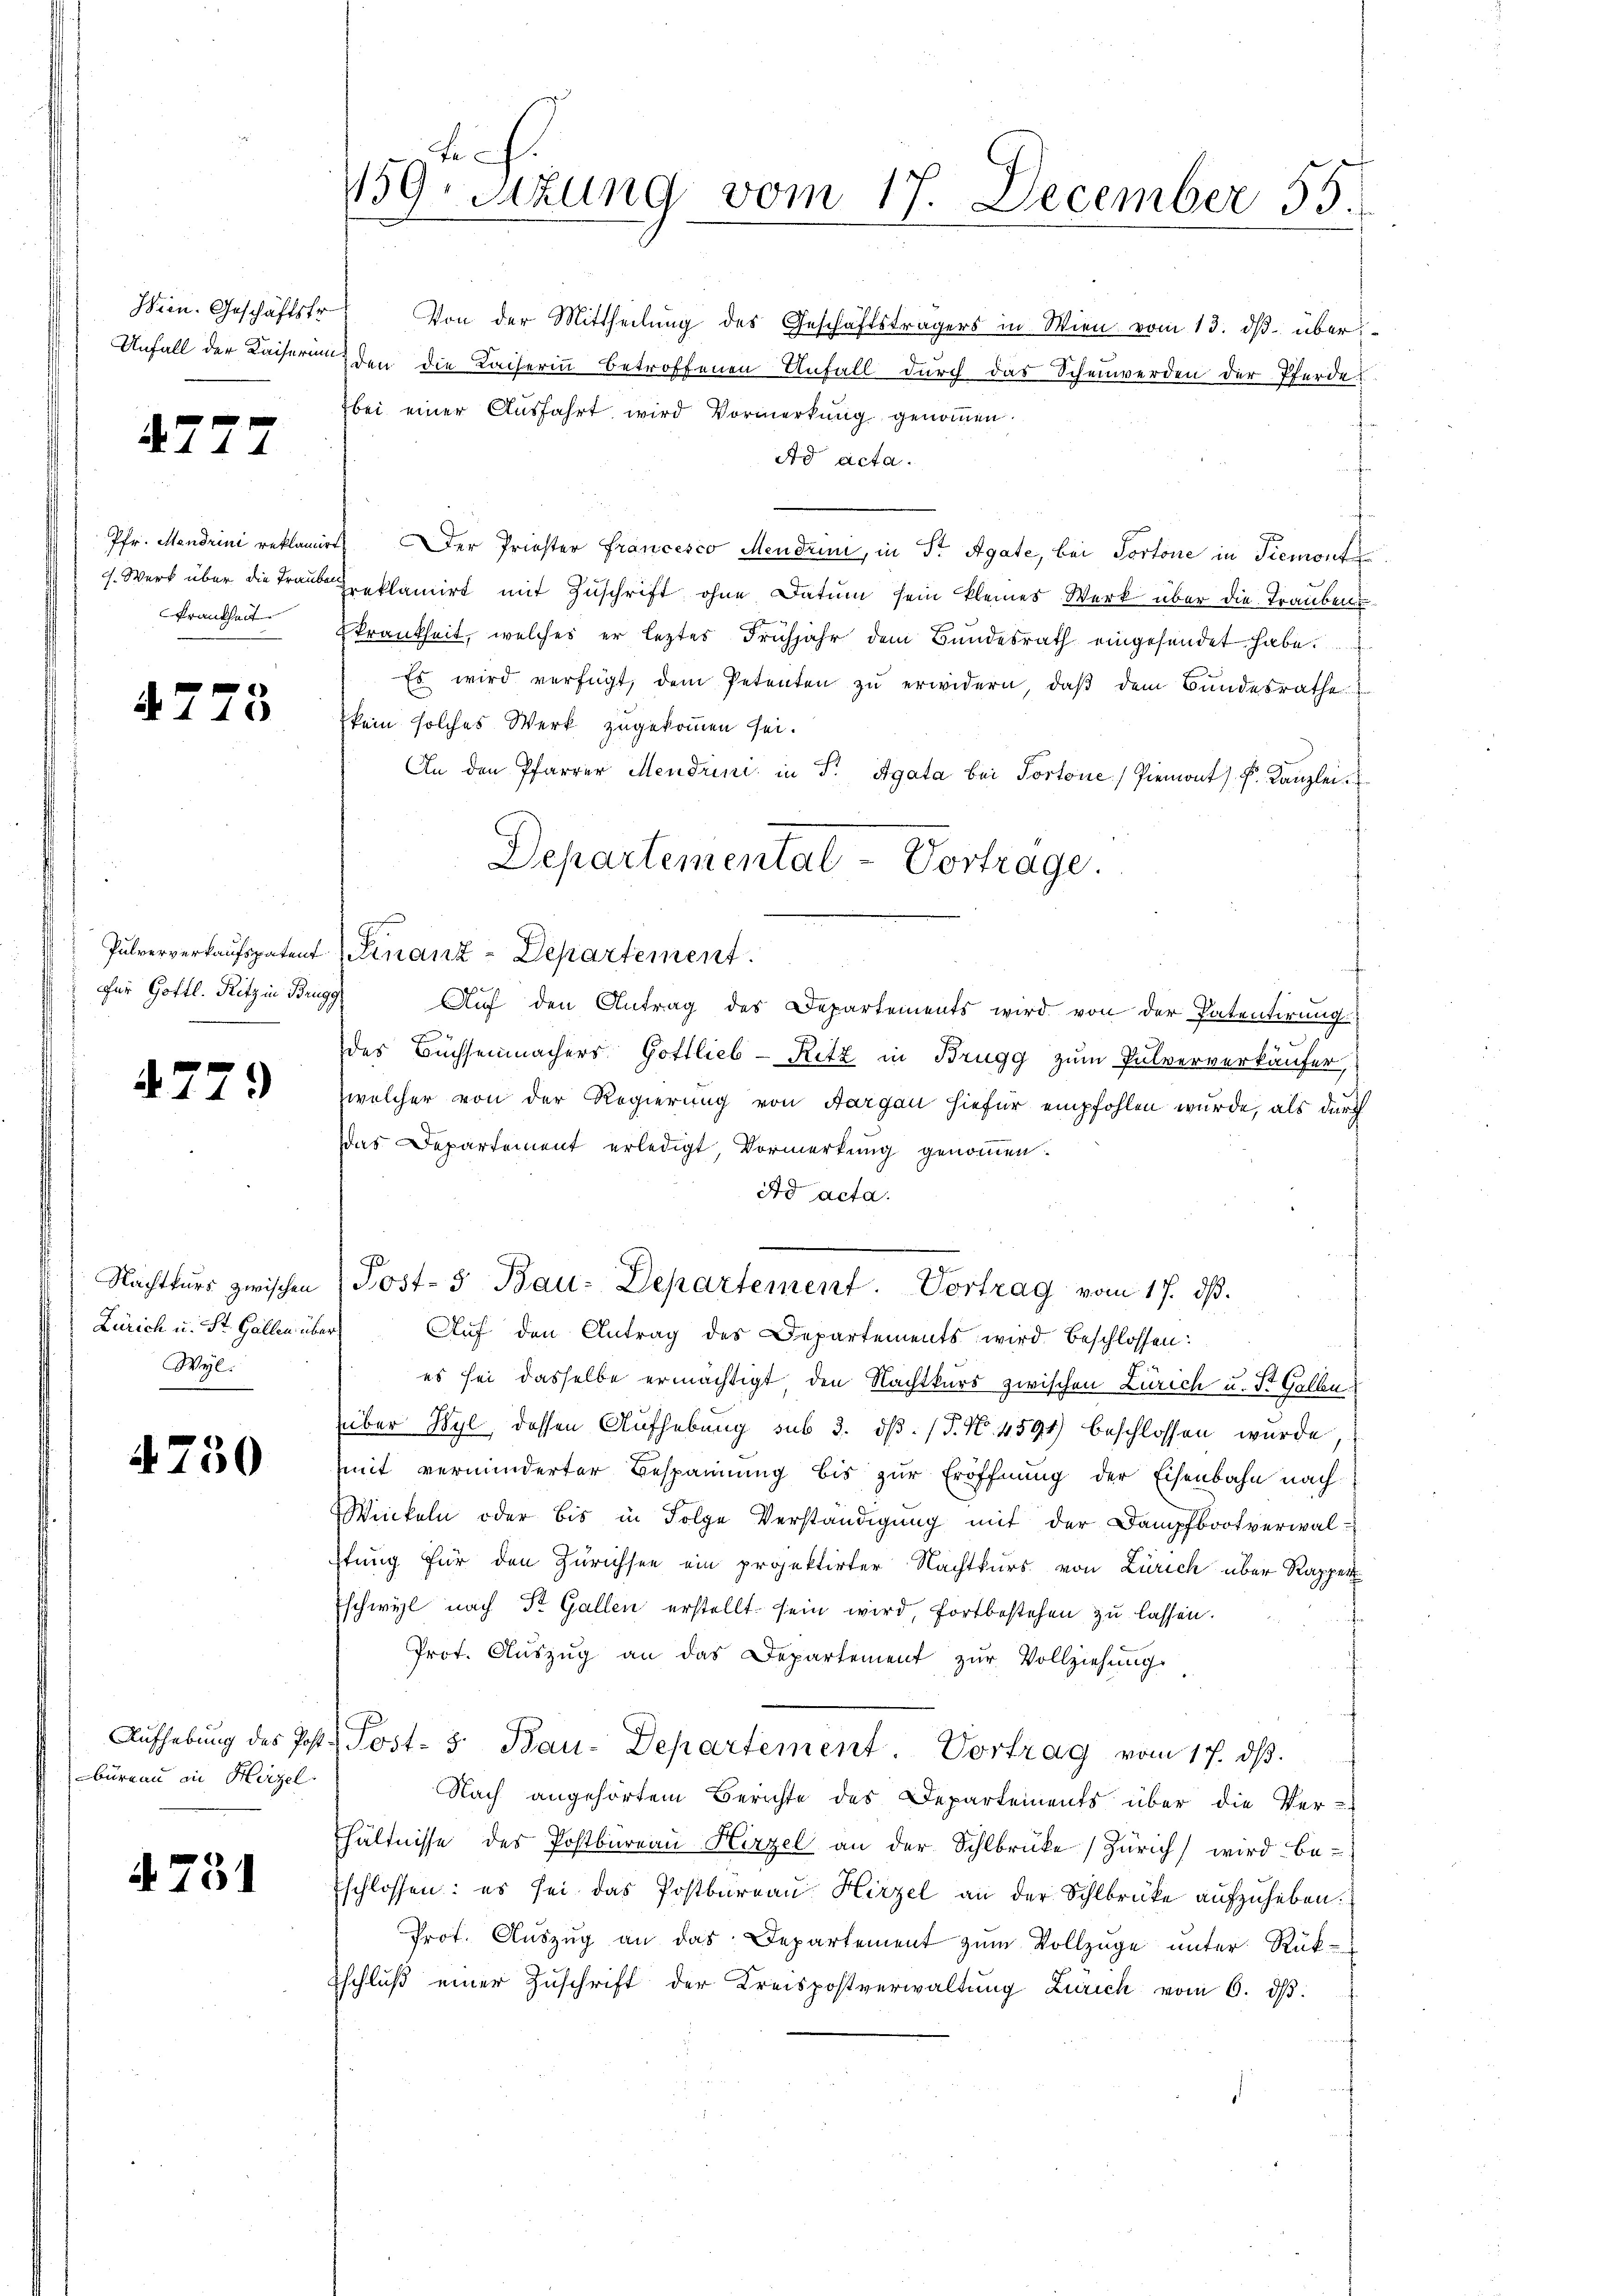
Hien. Geschäftsfr.
Unfall der Kaiserung

4777

Pfr. Mendrini reklamir
7. Werk über die Traube
Frankhalt.

47

73.

Pulververkaufspatent
für Gottl. Ritz in Brug

477.

Nachtkurs zwischen
Zürich u. St. Gallen über
Wyl.

4730

Aufhebung des Post
büreau in Hirzel.

§ 731

Fr
159. Sitzung vom 17. December 55.

Von der Mittheilung des Geschäftsträgers in Wien vom 13. ds. über
den die Kaiserinn betroffenen Unfall durch das Schenwerden der Pferdebei einer Ausfahrt wird Vormerkung genommen.
Ad acta.
4 Der Priester Francesco Mendrini, in Fr. Agate, bei Portone in Piemont
Preklamirt mit Zuschrift ohne Datum sein kleines Werk über die Traubenskrankheit, welches er leztes Frühjahr dem Bundesrath eingesendet habe.
Es wird verfügt, dem Petenten zu erwidern, daß dem Bundesrathe
kein solches Werk zugekommen sei.
An den Pfarrer Mendrini in P. Agata bei Portone Piemont) P. Kanzlei
Departemental - Vortrage.
Finanz-Departement.
e
Auf den Antrag des Departements wird von der Patentirung
des Büchsenmachers Gottlieb-Ritz in Brugg zum Pulververkäufer,
welcher von der Regierung von Aargau hiefür empfohlen wurde, als durch
das Departement erledigt, Vormerkung genommen.
Ad acta.
J
Jost-5 Bau-Departement. Vortrag vom 17. dβ.
Aŭf den Antrag des Departements wird beschlossen:
es sei dasselbe ermächtigt, den Nachtkurs zwischen Zürich u. St. Gallen
über Wyl, dessen Aufhebung sub 3. dß. (T. N. 4594) beschlossen wurde
mit verminderter Bespannung bis zur Eröffnung der Eisenbahn nach
Winkeln oder bis in Folge Verständigung mit der Dampfbootverwal-
stung für den Zürichsee ein projektirter Nachtkurs von Zürich über Rapper¬
Eschwyl nach St. Gallen erstellt sein wird, fortbestehen zu lassen.
Prot. Aŭszŭg an das Departement zŭr Vollziehung.
Post- & Bau-Departement. Vortrag vom 17. ds.
Nach angehörtem Berichte des Departements über die Ver-
hältnisse des Postbureau Hirzel an der Sihlbrücke) Zürich) wird be-
schlossen: es sei das Postbureau Hirzel an der Schlbrücke aufzuheben.
Prof. Auszug an das Departement zum Vollzüge unter Rück-
schlŭβ einer Zŭschrift der Kreispostverwaltŭng Zürich vom 6. dβ.